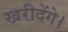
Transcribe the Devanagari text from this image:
खरीदेंगे।